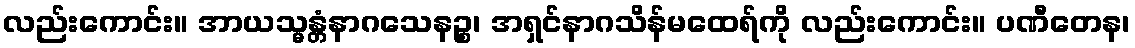
လည်းကောင်း။ အာယသ္မန္တံနာဂသေနဉ္စ၊ အရှင်နာဂသိန်မထေရ်ကို လည်းကောင်း။ ပဏီတေန၊